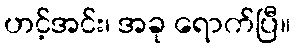
ဟင့်အင်း၊ အခု ရောက်ပြီ။